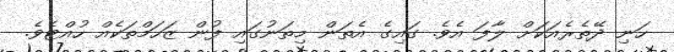
ހަނި ދޭތެރެއަކަށް ލާފަ އެވެ. ގައިގެ އެތަން މިތަނުގައި ފުން ޒަހަމްތަކެއް ހުއްޓެވެ.